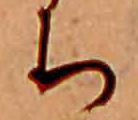
ち